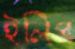
ইলিপ